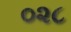
૦૨૮